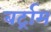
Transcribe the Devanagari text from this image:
बर्ट्राम